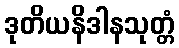
ဒုတိယနိဒါနသုတ္တံ